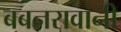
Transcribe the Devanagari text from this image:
बबनरावांनी